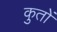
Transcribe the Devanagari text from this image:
कुतों